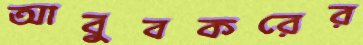
আবুবকরের